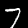
Label: 7